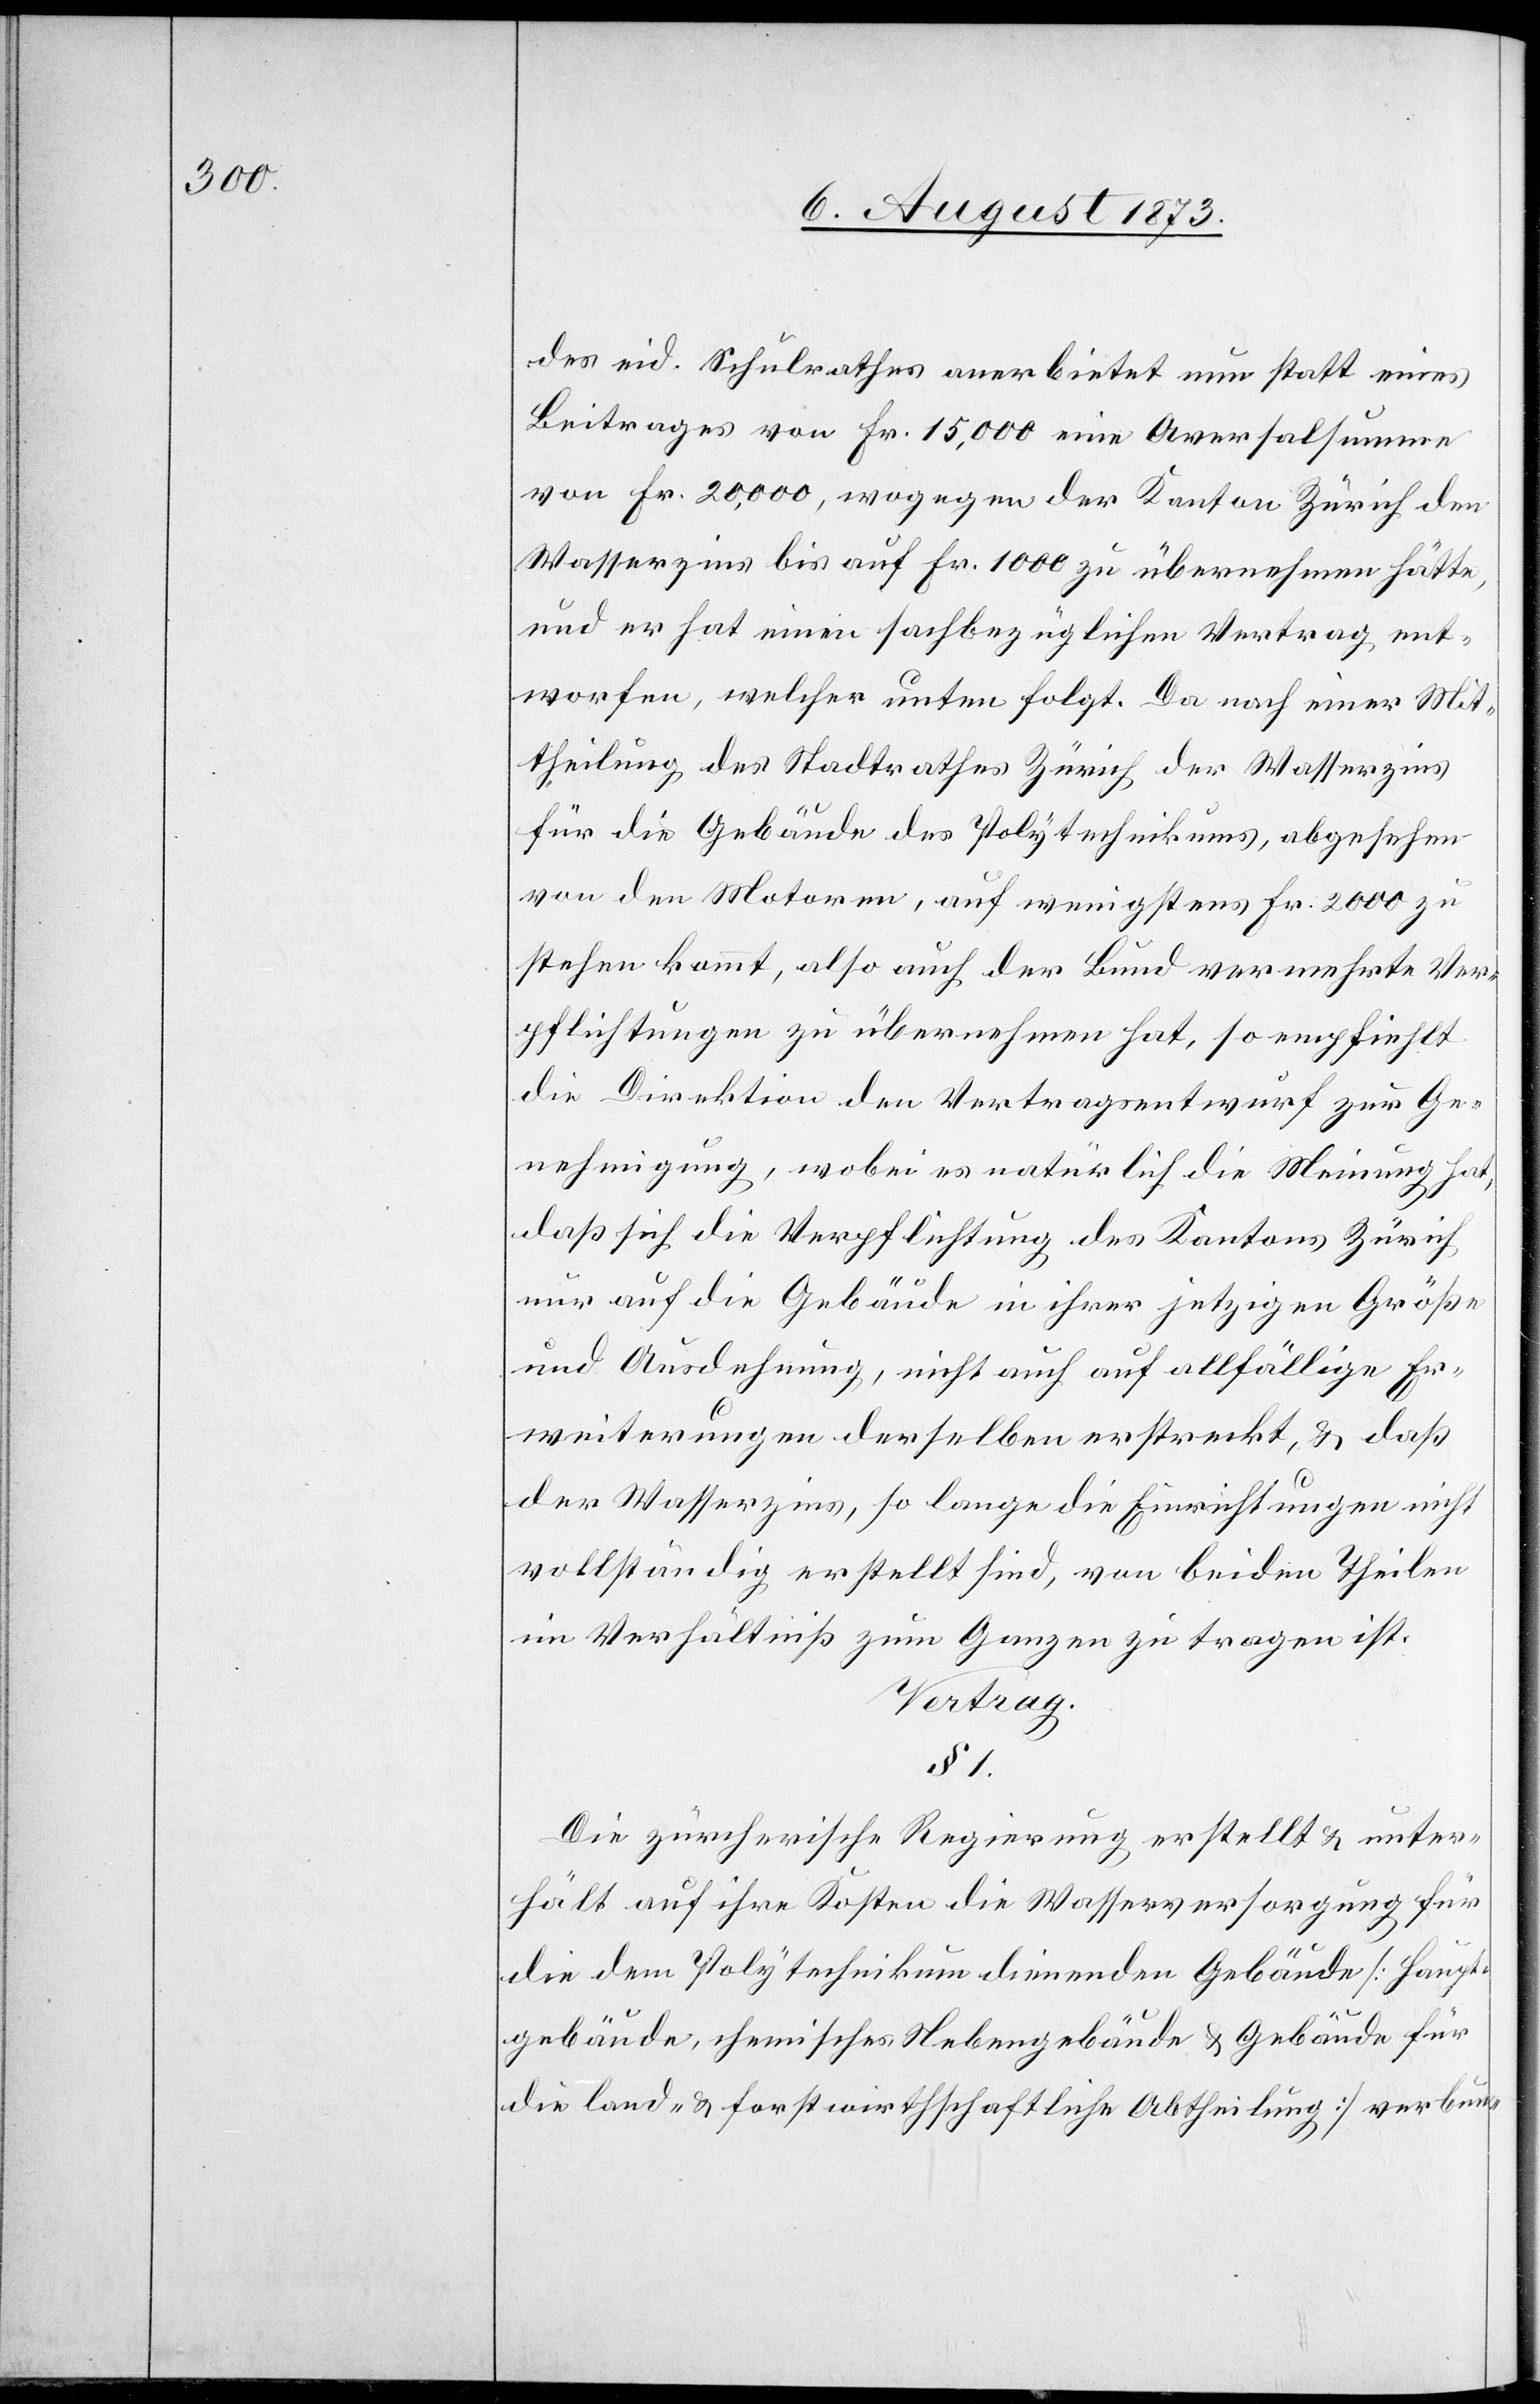
des eid. Schulrathes anerbietet nun statt eines
Beitrages von Fr. 15,000 eine Aversalsumme
von Fr. 20,000, wogegen der Kanton Zürich den
Wasserzins bis auf Fr. 1 000 zu übernehmen hätte,
und er hat einen sachbezüglichen Vertrag ent¬
worfen, welcher unten folgt. Da nach einer Mit¬
theilung des Stadtrathes Zürich der Wasserzins
für die Gebäude des Polytechnikums, abgesehen
von den Motoren, auf wenigstens Fr. 2 000 zu
stehen kommt, also auch der Bund vermehrte Ver¬
pflichtungen zu übernehmen hat, so empfiehlt
die Direktion den Vertragsentwurf zur Ge¬
nehmigung, wobei es natürlich die Meinung hat,
daß sich die Verpflichtung des Kantons Zürich
nur auf die Gebäude in ihrer jetzigen Größe
und Ausdehnung, nicht auch auf allfällige Er¬
weiterungen derselben erstreckt, & daß
der Wasserzins, so lange die Einrichtungen nicht
vollständig erstellt sind, von beiden Theilen
im Verhältniß zum Ganzen zu tragen ist.
Vertrag.
§ 1.
Die zürcherische Regierung erstellt & unter¬
hält auf ihre Kosten die Wasserversorgung für
die dem Polytechnikum dienenden Gebäude [Haupt¬
gebäude, chemisches Nebengebäude & Gebäude für
die land- & forstwirthschaftliche Abtheilung] verbun-